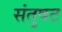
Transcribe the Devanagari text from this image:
संतुषट